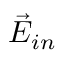
\vec { E } _ { i n }